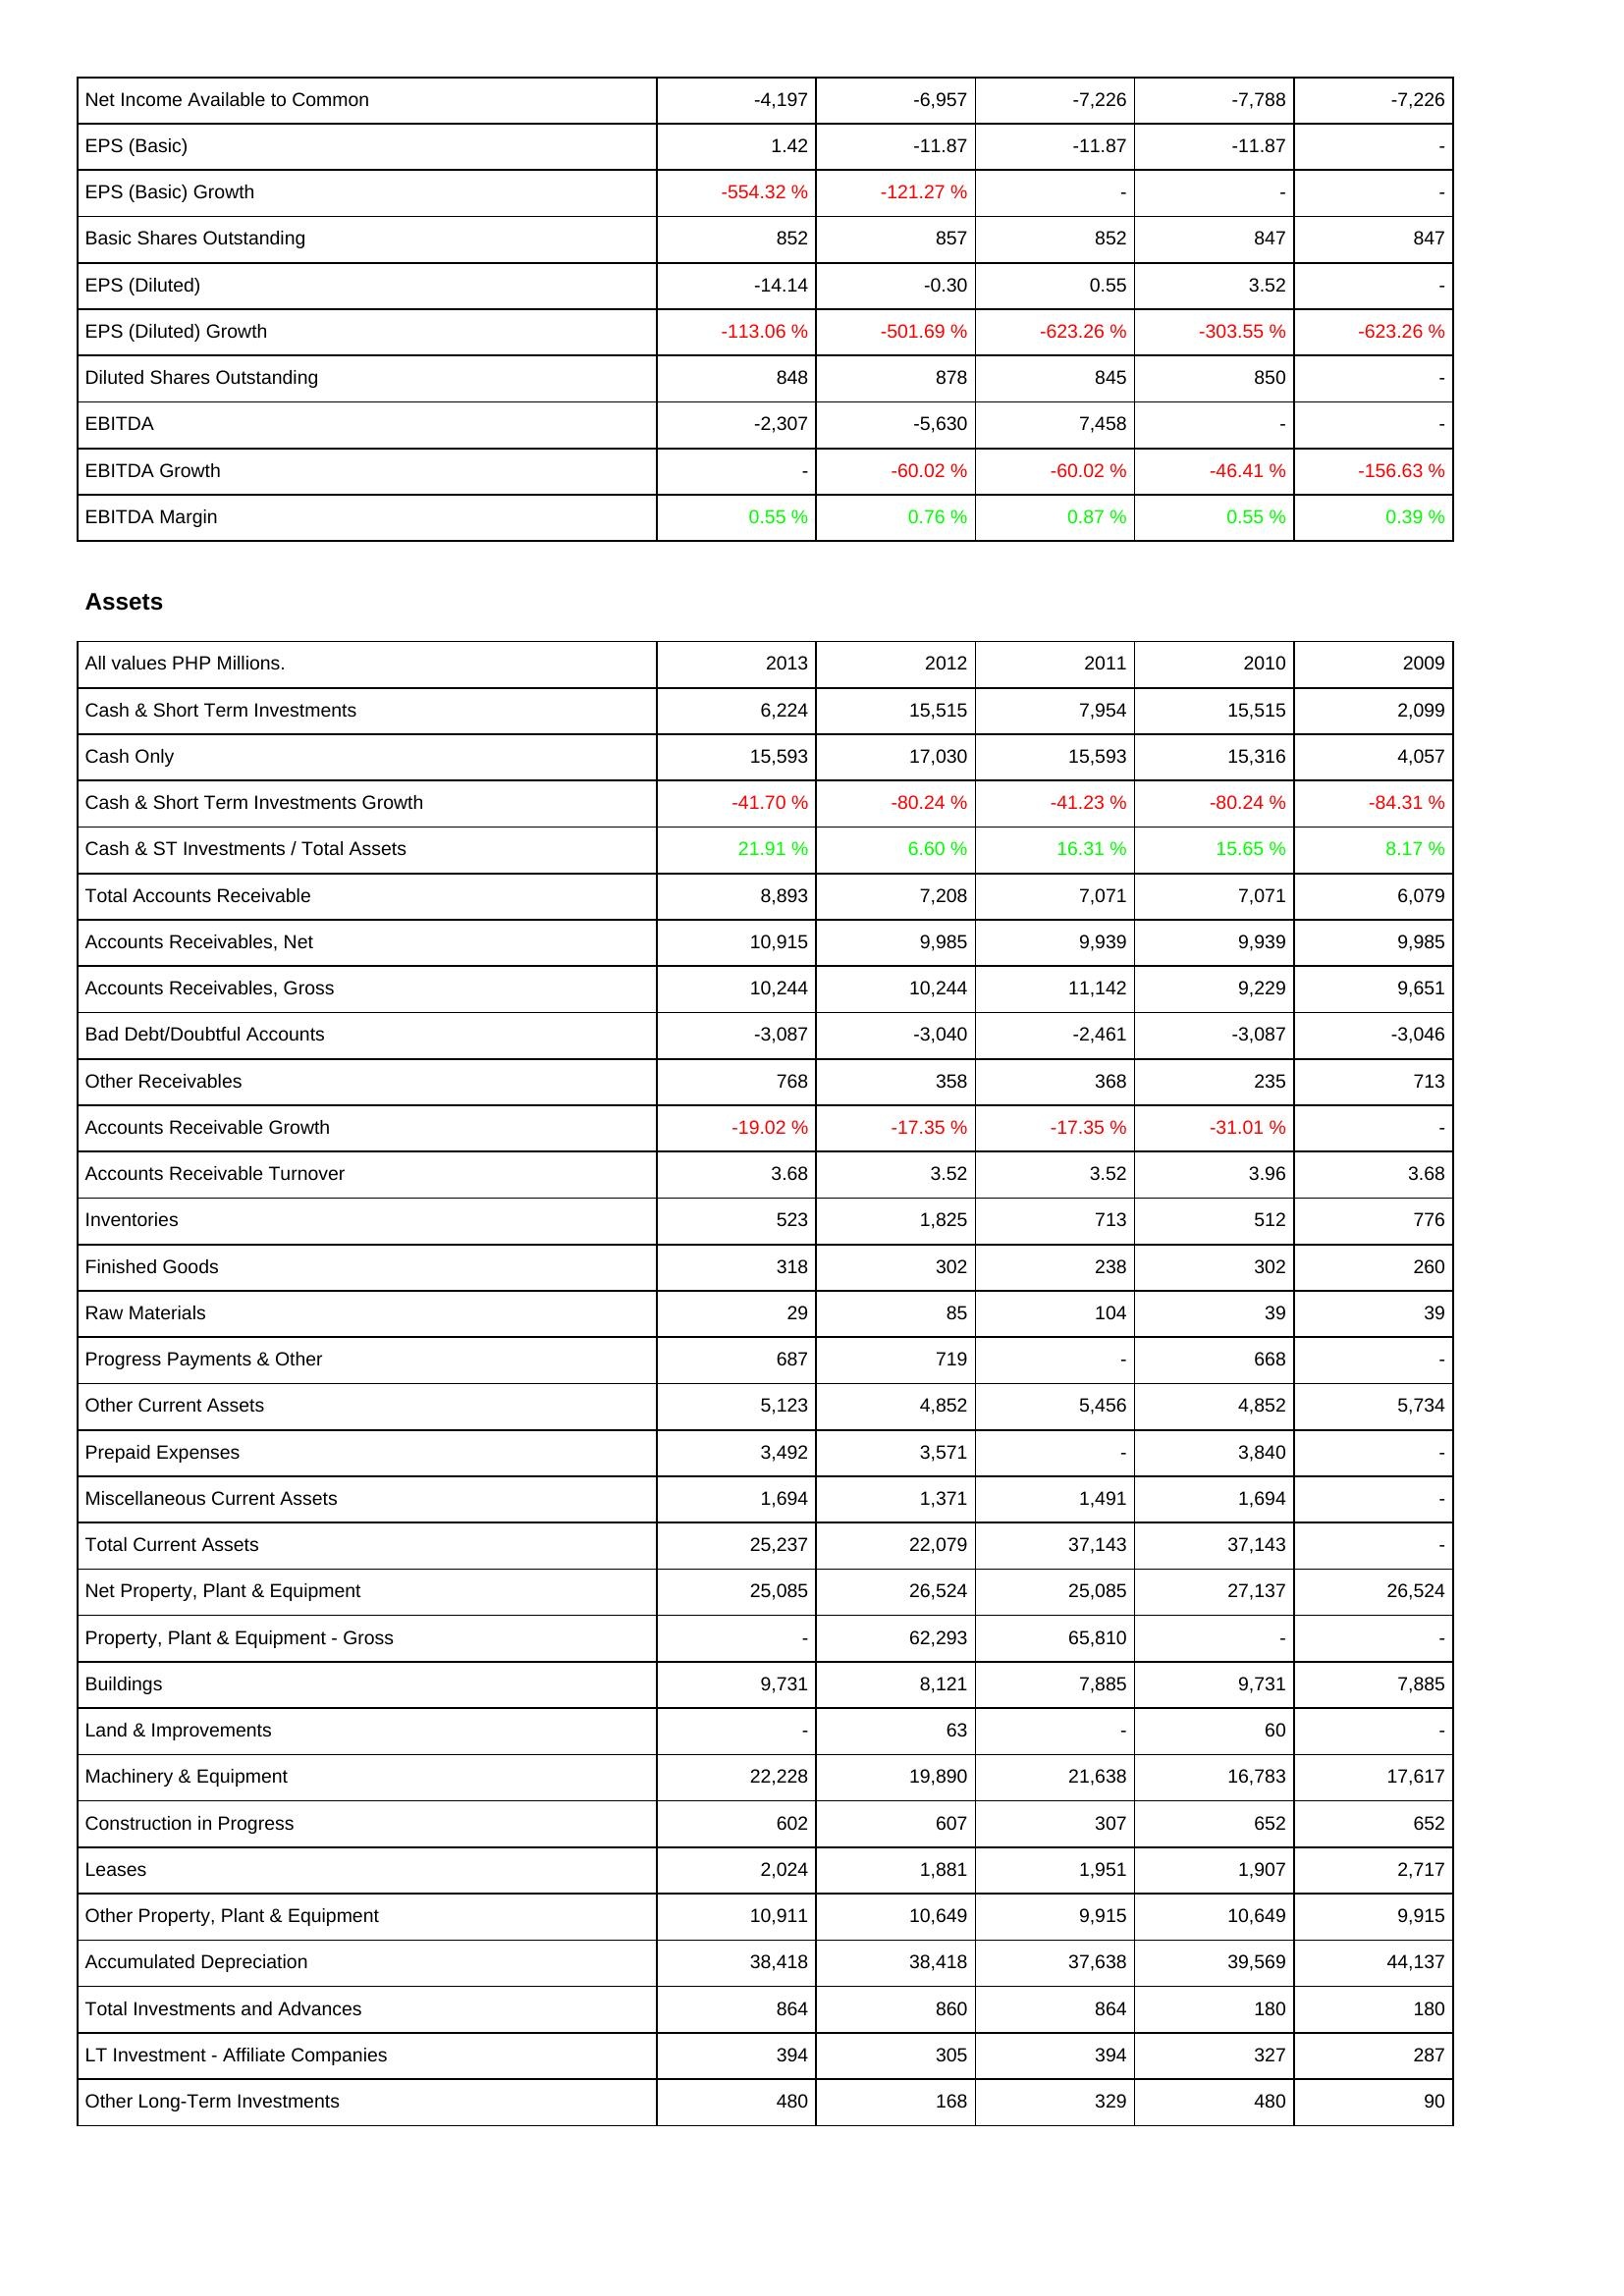
2013: Income Statement: Net Income Available to Common: -4,197
EPS (Basic): 1.42
EPS (Basic) Growth: -554.32 %
Basic Shares Outstanding: 852
EPS (Diluted): -14.14
EPS (Diluted) Growth: -113.06 %
Diluted Shares Outstanding: 848
EBITDA: -2,307
EBITDA Growth: -
EBITDA Margin: 0.55 %
Assets: Cash & Short Term Investments: 6,224
Cash Only: 15,593
Cash & Short Term Investments Growth: -41.70 %
Cash & ST Investments / Total Assets: 21.91 %
Total Accounts Receivable: 8,893
Accounts Receivables, Net: 10,915
Accounts Receivables, Gross: 10,244
Bad Debt/Doubtful Accounts: -3,087
Other Receivables: 768
Accounts Receivable Growth: -19.02 %
Accounts Receivable Turnover: 3.68
Inventories: 523
Finished Goods: 318
Raw Materials: 29
Progress Payments & Other: 687
Other Current Assets: 5,123
Prepaid Expenses: 3,492
Miscellaneous Current Assets: 1,694
Total Current Assets: 25,237
Net Property, Plant & Equipment: 25,085
Property, Plant & Equipment - Gross: -
Buildings: 9,731
Land & Improvements: -
Machinery & Equipment: 22,228
Construction in Progress: 602
Leases: 2,024
Other Property, Plant & Equipment: 10,911
Accumulated Depreciation: 38,418
Total Investments and Advances: 864
LT Investment - Affiliate Companies: 394
Other Long-Term Investments: 480
2012: Income Statement: Net Income Available to Common: -6,957
EPS (Basic): -11.87
EPS (Basic) Growth: -121.27 %
Basic Shares Outstanding: 857
EPS (Diluted): -0.30
EPS (Diluted) Growth: -501.69 %
Diluted Shares Outstanding: 878
EBITDA: -5,630
EBITDA Growth: -60.02 %
EBITDA Margin: 0.76 %
Assets: Cash & Short Term Investments: 15,515
Cash Only: 17,030
Cash & Short Term Investments Growth: -80.24 %
Cash & ST Investments / Total Assets: 6.60 %
Total Accounts Receivable: 7,208
Accounts Receivables, Net: 9,985
Accounts Receivables, Gross: 10,244
Bad Debt/Doubtful Accounts: -3,040
Other Receivables: 358
Accounts Receivable Growth: -17.35 %
Accounts Receivable Turnover: 3.52
Inventories: 1,825
Finished Goods: 302
Raw Materials: 85
Progress Payments & Other: 719
Other Current Assets: 4,852
Prepaid Expenses: 3,571
Miscellaneous Current Assets: 1,371
Total Current Assets: 22,079
Net Property, Plant & Equipment: 26,524
Property, Plant & Equipment - Gross: 62,293
Buildings: 8,121
Land & Improvements: 63
Machinery & Equipment: 19,890
Construction in Progress: 607
Leases: 1,881
Other Property, Plant & Equipment: 10,649
Accumulated Depreciation: 38,418
Total Investments and Advances: 860
LT Investment - Affiliate Companies: 305
Other Long-Term Investments: 168
2011: Income Statement: Net Income Available to Common: -7,226
EPS (Basic): -11.87
EPS (Basic) Growth: -
Basic Shares Outstanding: 852
EPS (Diluted): 0.55
EPS (Diluted) Growth: -623.26 %
Diluted Shares Outstanding: 845
EBITDA: 7,458
EBITDA Growth: -60.02 %
EBITDA Margin: 0.87 %
Assets: Cash & Short Term Investments: 7,954
Cash Only: 15,593
Cash & Short Term Investments Growth: -41.23 %
Cash & ST Investments / Total Assets: 16.31 %
Total Accounts Receivable: 7,071
Accounts Receivables, Net: 9,939
Accounts Receivables, Gross: 11,142
Bad Debt/Doubtful Accounts: -2,461
Other Receivables: 368
Accounts Receivable Growth: -17.35 %
Accounts Receivable Turnover: 3.52
Inventories: 713
Finished Goods: 238
Raw Materials: 104
Progress Payments & Other: -
Other Current Assets: 5,456
Prepaid Expenses: -
Miscellaneous Current Assets: 1,491
Total Current Assets: 37,143
Net Property, Plant & Equipment: 25,085
Property, Plant & Equipment - Gross: 65,810
Buildings: 7,885
Land & Improvements: -
Machinery & Equipment: 21,638
Construction in Progress: 307
Leases: 1,951
Other Property, Plant & Equipment: 9,915
Accumulated Depreciation: 37,638
Total Investments and Advances: 864
LT Investment - Affiliate Companies: 394
Other Long-Term Investments: 329
2010: Income Statement: Net Income Available to Common: -7,788
EPS (Basic): -11.87
EPS (Basic) Growth: -
Basic Shares Outstanding: 847
EPS (Diluted): 3.52
EPS (Diluted) Growth: -303.55 %
Diluted Shares Outstanding: 850
EBITDA: -
EBITDA Growth: -46.41 %
EBITDA Margin: 0.55 %
Assets: Cash & Short Term Investments: 15,515
Cash Only: 15,316
Cash & Short Term Investments Growth: -80.24 %
Cash & ST Investments / Total Assets: 15.65 %
Total Accounts Receivable: 7,071
Accounts Receivables, Net: 9,939
Accounts Receivables, Gross: 9,229
Bad Debt/Doubtful Accounts: -3,087
Other Receivables: 235
Accounts Receivable Growth: -31.01 %
Accounts Receivable Turnover: 3.96
Inventories: 512
Finished Goods: 302
Raw Materials: 39
Progress Payments & Other: 668
Other Current Assets: 4,852
Prepaid Expenses: 3,840
Miscellaneous Current Assets: 1,694
Total Current Assets: 37,143
Net Property, Plant & Equipment: 27,137
Property, Plant & Equipment - Gross: -
Buildings: 9,731
Land & Improvements: 60
Machinery & Equipment: 16,783
Construction in Progress: 652
Leases: 1,907
Other Property, Plant & Equipment: 10,649
Accumulated Depreciation: 39,569
Total Investments and Advances: 180
LT Investment - Affiliate Companies: 327
Other Long-Term Investments: 480
2009: Income Statement: Net Income Available to Common: -7,226
EPS (Basic): -
EPS (Basic) Growth: -
Basic Shares Outstanding: 847
EPS (Diluted): -
EPS (Diluted) Growth: -623.26 %
Diluted Shares Outstanding: -
EBITDA: -
EBITDA Growth: -156.63 %
EBITDA Margin: 0.39 %
Assets: Cash & Short Term Investments: 2,099
Cash Only: 4,057
Cash & Short Term Investments Growth: -84.31 %
Cash & ST Investments / Total Assets: 8.17 %
Total Accounts Receivable: 6,079
Accounts Receivables, Net: 9,985
Accounts Receivables, Gross: 9,651
Bad Debt/Doubtful Accounts: -3,046
Other Receivables: 713
Accounts Receivable Growth: -
Accounts Receivable Turnover: 3.68
Inventories: 776
Finished Goods: 260
Raw Materials: 39
Progress Payments & Other: -
Other Current Assets: 5,734
Prepaid Expenses: -
Miscellaneous Current Assets: -
Total Current Assets: -
Net Property, Plant & Equipment: 26,524
Property, Plant & Equipment - Gross: -
Buildings: 7,885
Land & Improvements: -
Machinery & Equipment: 17,617
Construction in Progress: 652
Leases: 2,717
Other Property, Plant & Equipment: 9,915
Accumulated Depreciation: 44,137
Total Investments and Advances: 180
LT Investment - Affiliate Companies: 287
Other Long-Term Investments: 90